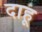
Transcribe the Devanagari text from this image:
दाहू